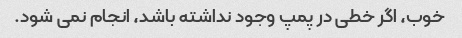
خوب، اگر خطی در پمپ وجود نداشته باشد، انجام نمی شود.